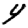
Digit: 4